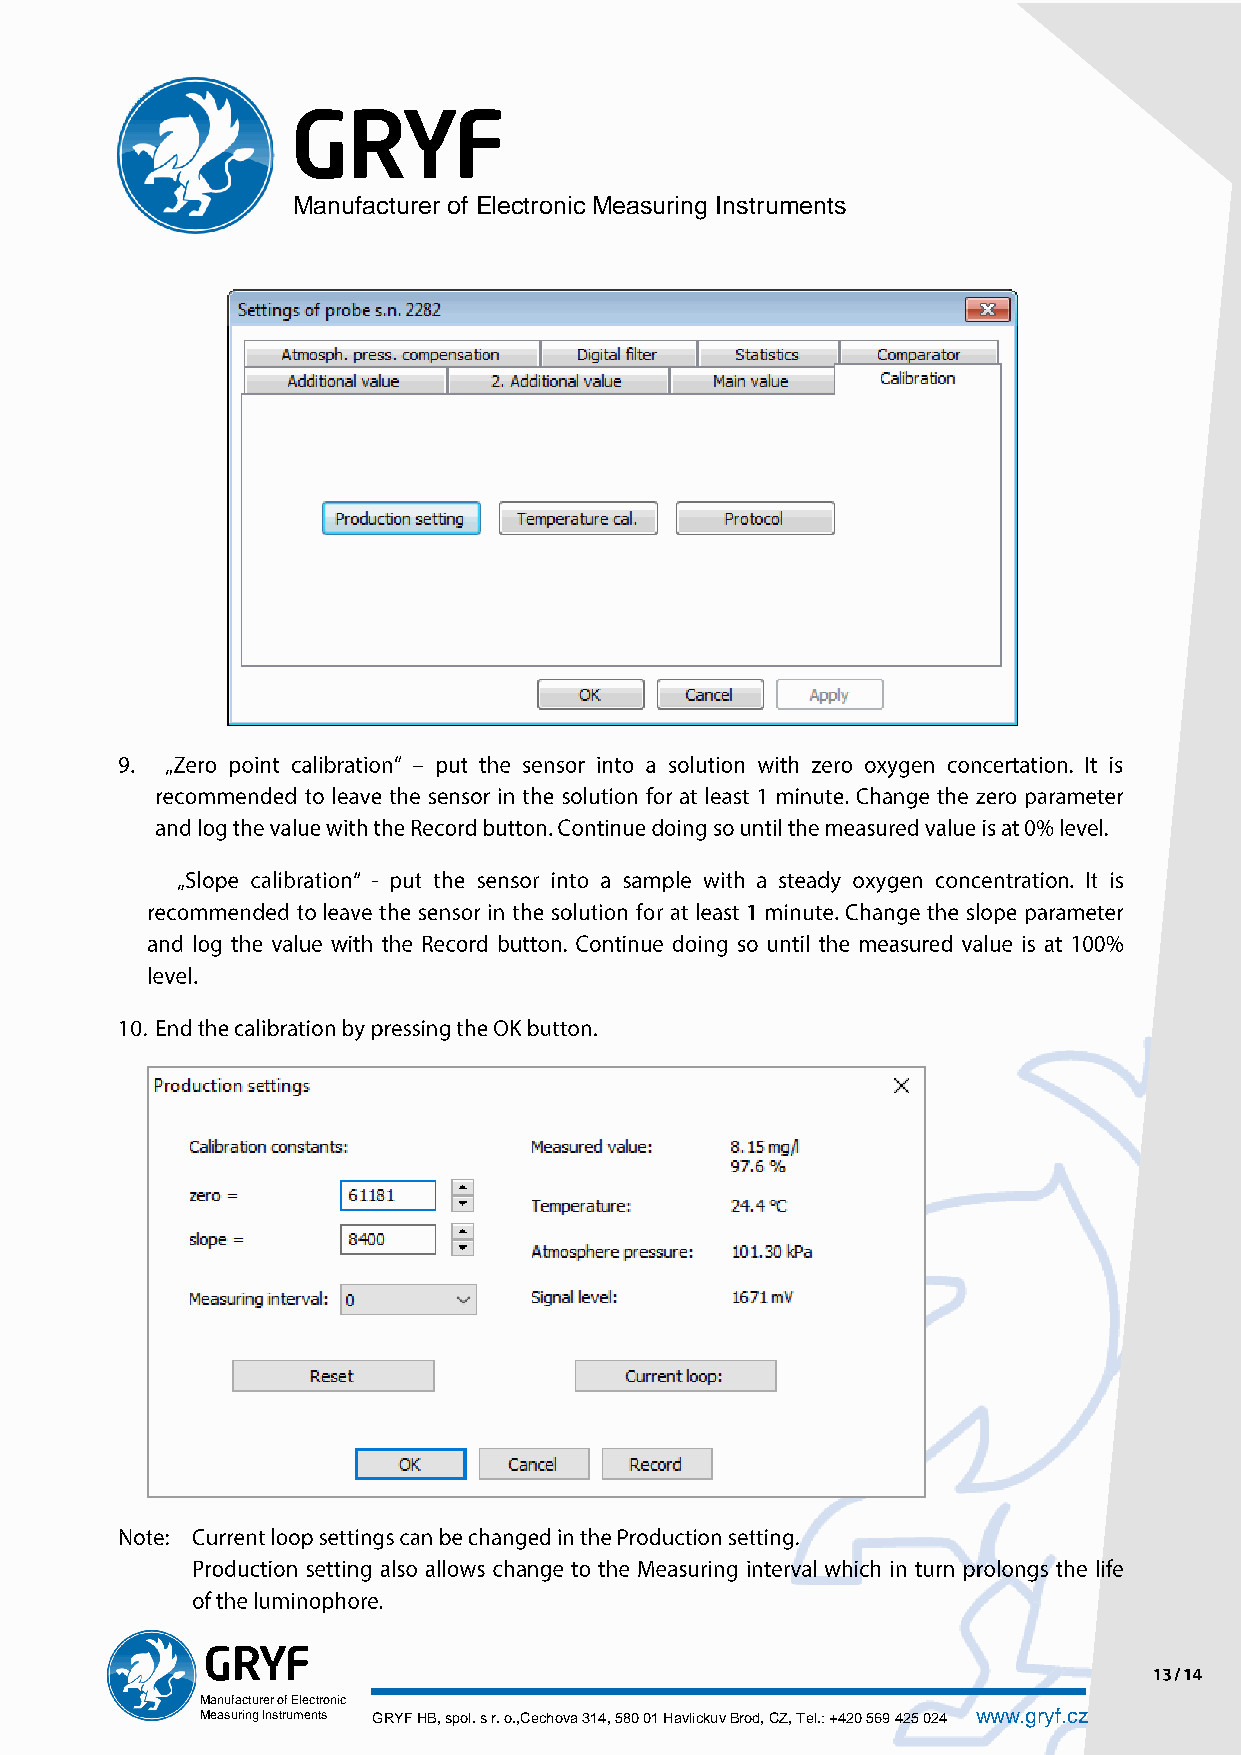
Manufacturer of Electronic Measuring Instruments
 Manufacturer of Electronic
 Measuring Instruments GRYF HB, spol. s r. o.,Cechova 314, 580 01 Havlickuv Brod, CZ, Tel.: +420 569 425 024 www.gryf.cz